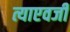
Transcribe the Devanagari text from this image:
त्याएवजी